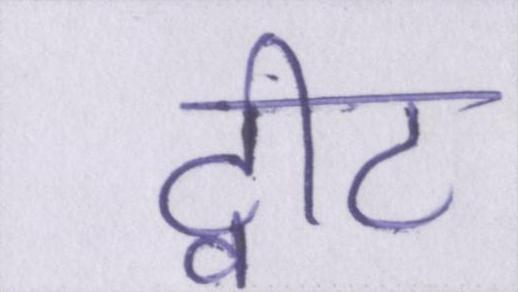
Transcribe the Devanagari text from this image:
ट्वीट